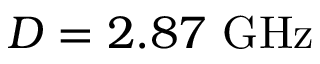
D = 2 . 8 7 ~ \mathrm { G H z }